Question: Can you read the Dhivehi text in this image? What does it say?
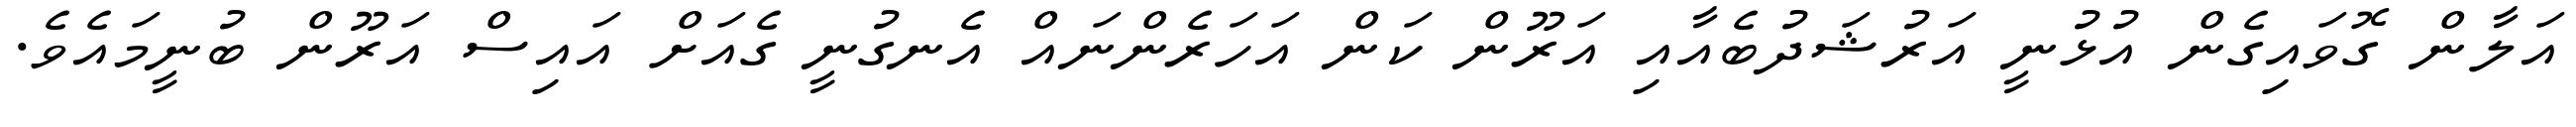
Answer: އަލާން ގޮވައިގެން އުޅުނީ އަރުޝަދުބެއާއި އަރޫން ކަން އަހަރެންނައް އެނގުނީ ގެއަށް އައިސް އަރޫން ބުނީމައެވެ.